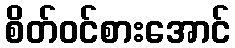
စိတ်ဝင်စားအောင်